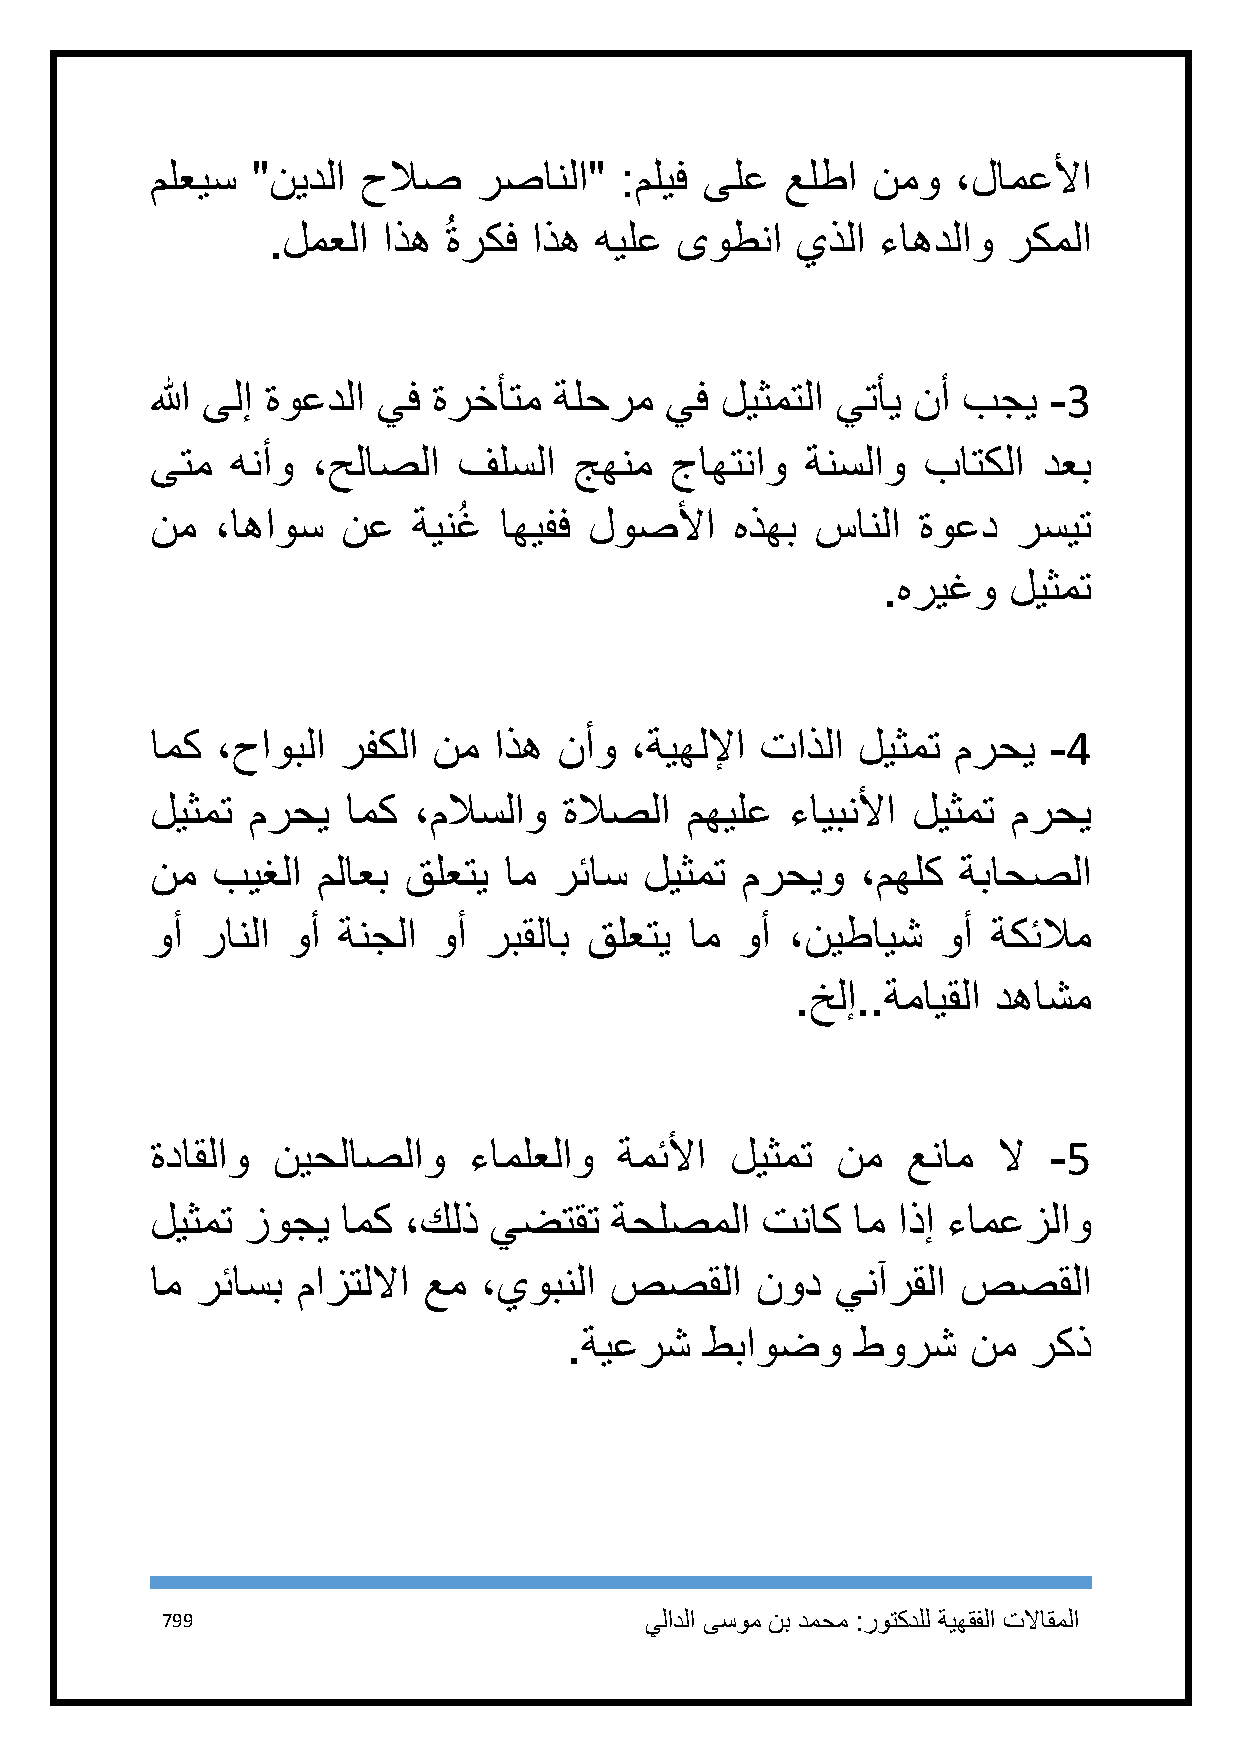
ملعيس  "نيدلا حلاص    رصانلا"  :مليف ىلع  علطا  نمو  ،لامعلأا
 .لمعلا اذه ُ ةركف اذه هيلع ىوطنا   يذلا ءاهدلاو  ركملا
 الله ىلإ ةوعدلا يف ةرخأتم  ةلحرم  يف  ليثمتلا يتأي نأ بجي  -3
 ىتم  هنأو  ،حلاصلا  فلسلا   جهنم  جاهتناو  ةنسلاو  باتكلا  دعب
 نم  ،اهاوس   نع  ةينغُ اهيفف لوصلأا    هذهب سانلا  ةوعد  رسيت
 .هريغو   ليثمت
 امك ،حاوبلا رفكلا  نم  اذه نأو  ،ةيهللإا تاذلا ليثمت مرحي  -4
 ليثمت مرحي   امك ،ملاسلاو  ةلاصلا  مهيلع  ءايبنلأا ليثمت مرحي
 نم  بيغلا  ملاعب قلعتي ام  رئاس  ليثمت مرحيو   ،مهلك ةباحصلا
 وأ رانلا وأ ةنجلا  وأ ربقلاب قلعتي  ام وأ ،نيطايش   وأ  ةكئلام
 .خلإ..ةمايقلا دهاشم
 ةداقلاو نيحلاصلاو    ءاملعلاو  ةمئلأا ليثمت  نم   عنام  لا -5
 ليثمت زوجي   امك ،كلذ يضتقت   ةحلصملا   تناك  ام اذإ ءامعزلاو
 ام رئاسب  مازتللاا عم ،يوبنلا صصقلا     نود  ينآرقلا  صصقلا
 .ةيعرش   طباوضو    طورش   نم  ركذ
 799                             يلادلا ىسوم نب دمحم :روتكدلل ةيهقفلا تلااقملا